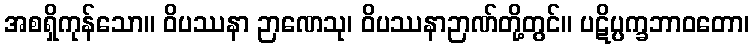
အစရှိကုန်သော။ ဝိပဿနာ ဉာဏေသု၊ ဝိပဿနာဉာဏ်တို့တွင်။ ပဋိပ္ပက္ခဘာဝတော၊